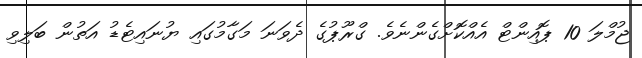
ޖުމްލަ 10 ޕޮއިންޓް އެއްކޮށްގެންނެވެ. ގްރޫޕުގެ ދެވަނަ މަގާމުގައި ޔުނައިޓެޑު އަތުން ބަލިވި